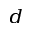
^ { d }